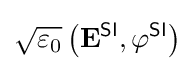
{\sqrt {\varepsilon _{0}}}\left(\mathbf {E} ^{\textsf {SI}},\varphi ^{\textsf {SI}}\right)